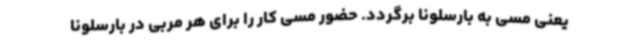
یعنی مسی به بارسلونا برگردد. حضور مسی کار را برای هر مربی در بارسلونا